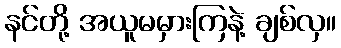
နင်တို့ အယူမမှားကြနဲ့ ချစ်လှ။